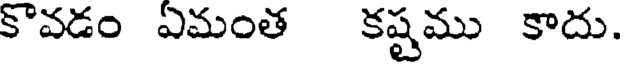
కొవడం ఏమంత కష్టము కాదు.